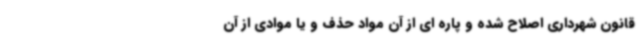
قانون شهرداری اصلاح شده و پاره ای از آن مواد حذف و یا موادی از آن